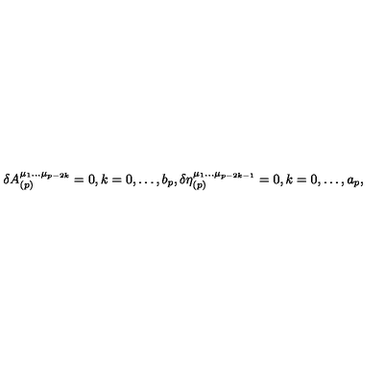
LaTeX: \delta A _ { ( p ) } ^ { \mu _ { 1 } \ldots \mu _ { p - 2 k } } = 0 , k = 0 , \ldots , b _ { p } , \delta \eta _ { ( p ) } ^ { \mu _ { 1 } \ldots \mu _ { p - 2 k - 1 } } = 0 , k = 0 , \ldots , a _ { p } ,